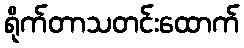
ရိုက်တာသတင်းထောက်